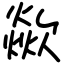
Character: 歘